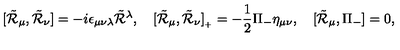
[ \tilde { \cal R } _ { \mu } , \tilde { \cal R } _ { \nu } ] = - i \epsilon _ { \mu \nu \lambda } \tilde { \cal R } { } ^ { \lambda } , \quad [ \tilde { \cal R } _ { \mu } , \tilde { \cal R } _ { \nu } ] _ { { } _ { + } } = - \frac { 1 } { 2 } \Pi _ { - } \eta _ { \mu \nu } , \quad [ \tilde { \cal R } _ { \mu } , \Pi _ { - } ] = 0 ,